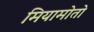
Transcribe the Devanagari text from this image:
मियामोतो